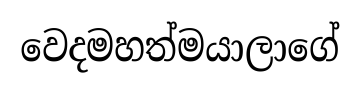
වෙදමහත්මයාලාගේ